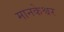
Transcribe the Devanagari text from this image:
मानकेश्वर